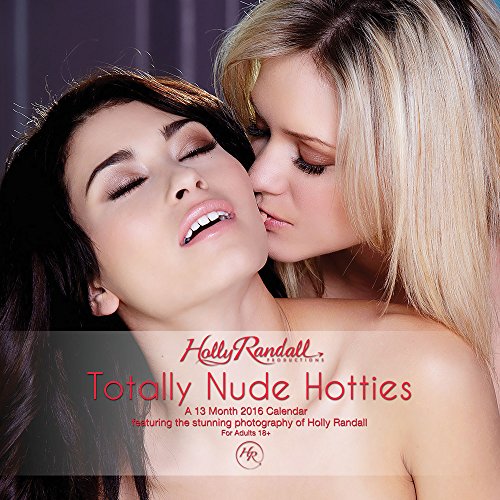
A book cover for Holly Randall's Totally Nude Hotties 2016 Wall Calendar - Wild Women & Lingerie Girls; Holly Randall; Calendars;